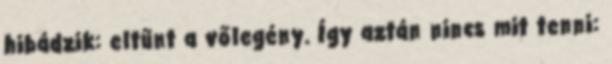
hibádzik: eltűnt a vőlegény. Így aztán nincs mit tenni: